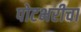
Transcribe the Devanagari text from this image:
पोटभरीचा